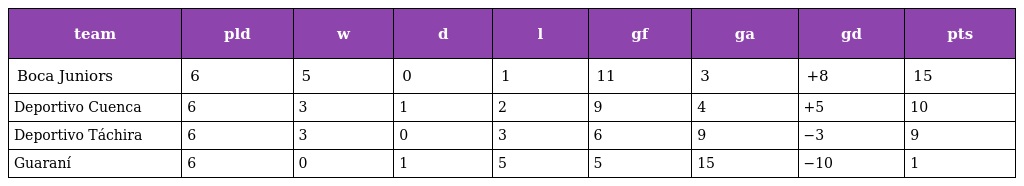
| team | pld | w | d | l | gf | ga | gd | pts |
 | --- | --- | --- | --- | --- | --- | --- | --- | --- |
 | Boca Juniors | 6 | 5 | 0 | 1 | 11 | 3 | +8 | 15 |
 | Deportivo Cuenca | 6 | 3 | 1 | 2 | 9 | 4 | +5 | 10 |
 | Deportivo Táchira | 6 | 3 | 0 | 3 | 6 | 9 | −3 | 9 |
 | Guaraní | 6 | 0 | 1 | 5 | 5 | 15 | −10 | 1 |